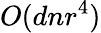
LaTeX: O(dnr^{4})